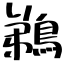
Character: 鵜